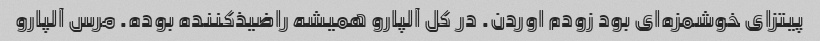
پیتزای خوشمزه‌ای بود زودم اوردن. در کل آلپارو همیشه راضیذکننده بوده. مرس آلپارو